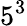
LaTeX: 5^{3}